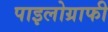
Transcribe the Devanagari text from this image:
पाइलोग्राफी